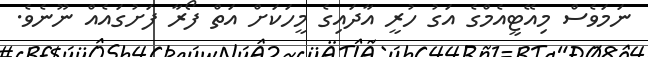
ނަމަވެސް މިއޭޓީއެމްގެ އަގު ހުރީ އާދައިގެ މީހަކަށް އަތް ފޯރާ ފަށުގައެއް ނޫނެވެ.